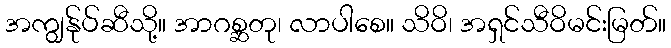
အကျွန်ုပ်ဆီသို့။ အာဂစ္ဆတု၊ လာပါစေ။ သိဝိ၊ အရှင်သီဝိမင်းမြတ်။